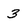
Character: 3